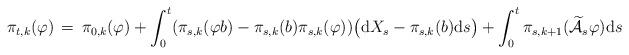
LaTeX: \begin{align*} \pi_{t,k}(\varphi) \, =\, \pi_{0, k}(\varphi) + \int^{t}_{0} (\pi_{s, k} (\varphi b) - \pi_{s,k}(b) \pi_{s,k}(\varphi) ) \big( {\mathrm d} X_{s} - \pi_{s,k}(b) {\mathrm d} s \big) + \int^{t}_{0} \pi_{s,k+1}( \widetilde{\mathcal A}_{s} \varphi) {\mathrm d} s \end{align*}